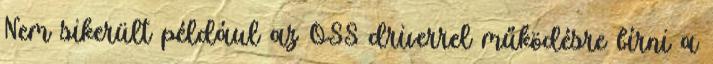
Nem sikerült például az OSS driverrel működésre bírni a